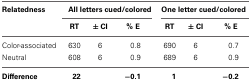
<table><thead><tr><td><b>Relatedness</b></td><td colspan="3"><b>All letters cued/colored</b></td><td colspan="3"><b>One letter cued/colored</b></td></tr><tr><td><b> </b></td><td><b>RT</b></td><td><b>± CI</b></td><td><b>%E</b></td><td><b>RT</b></td><td><b>± CI</b></td><td><b>%E</b></td></tr></thead><tbody><tr><td>Color-associated</td><td>630</td><td>6</td><td>0.8</td><td>690</td><td>6</td><td>0.7</td></tr><tr><td>Neutral</td><td>608</td><td>6</td><td>0.9</td><td>689</td><td>6</td><td>0.9</td></tr><tr><td><b>Difference</b></td><td><b>22</b></td><td></td><td><b>−0.1</b></td><td><b>1</b></td><td></td><td><b>−0.2</b></td></tr></tbody></table>